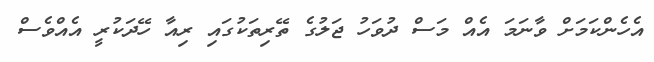
އެހެންކަމަށް ވާނަމަ އެއް މަސް ދުވަހު ޖަލުގެ ތޭރިތަކުގައި ރިއާ ހޭދަކުރީ އެއްވެސް